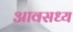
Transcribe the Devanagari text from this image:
आवसध्य